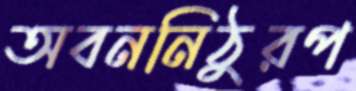
অবননিঠুরপ